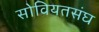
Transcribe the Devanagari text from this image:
सोवियतसंघ